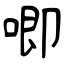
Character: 唧